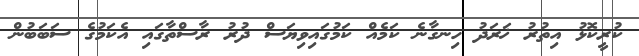
ކުރީކޮޅު އިތުރު ޚަރަދު ހިނގާނެ ކަމެއް ކަމުގައިވިޔަސް ދުރު ރާސްތާގައި އެކަމުގެ ސަބަބުން